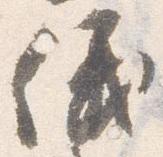
儀